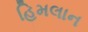
હિમલાન